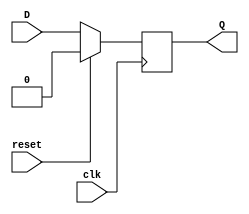
module d_ff_sync_reset (
    input wire D,
    input wire clk,
    input wire reset,
    output reg Q
);

always @(posedge clk) begin
    if (reset) begin
        Q <= 1'b0; // force to known state
    end else begin
        Q <= D;
    end
end

endmodule